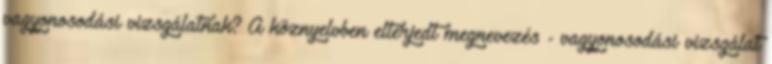
vagyonosodási vizsgálatnak? A köznyelvben elterjedt megnevezés - vagyonosodási vizsgálat